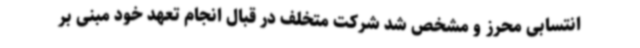
انتسابی محرز و مشخص شد شرکت متخلف در قبال انجام تعهد خود مبنی بر